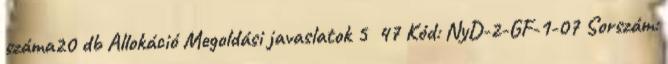
száma20 db Allokáció Megoldási javaslatok 5 47 Kód: NyD-2-GF-1-07 Sorszám: